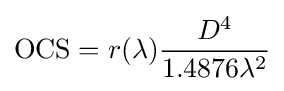
{\mbox{OCS}}=r(\lambda ){\frac {D^{4}}{1.4876\lambda ^{2}}}